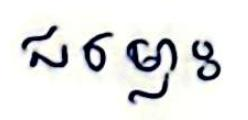
ជម្លោះ